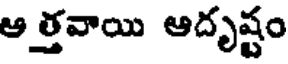
ఆత్తవాయి ఆదృష్టం